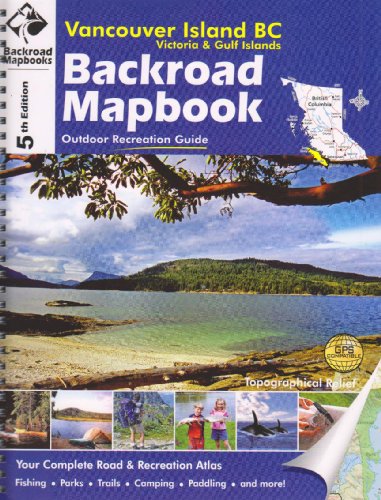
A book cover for Vancouver Island BC, Victoria & Gulf Islands (Backroad Mapbooks); Trent Ernst; Travel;